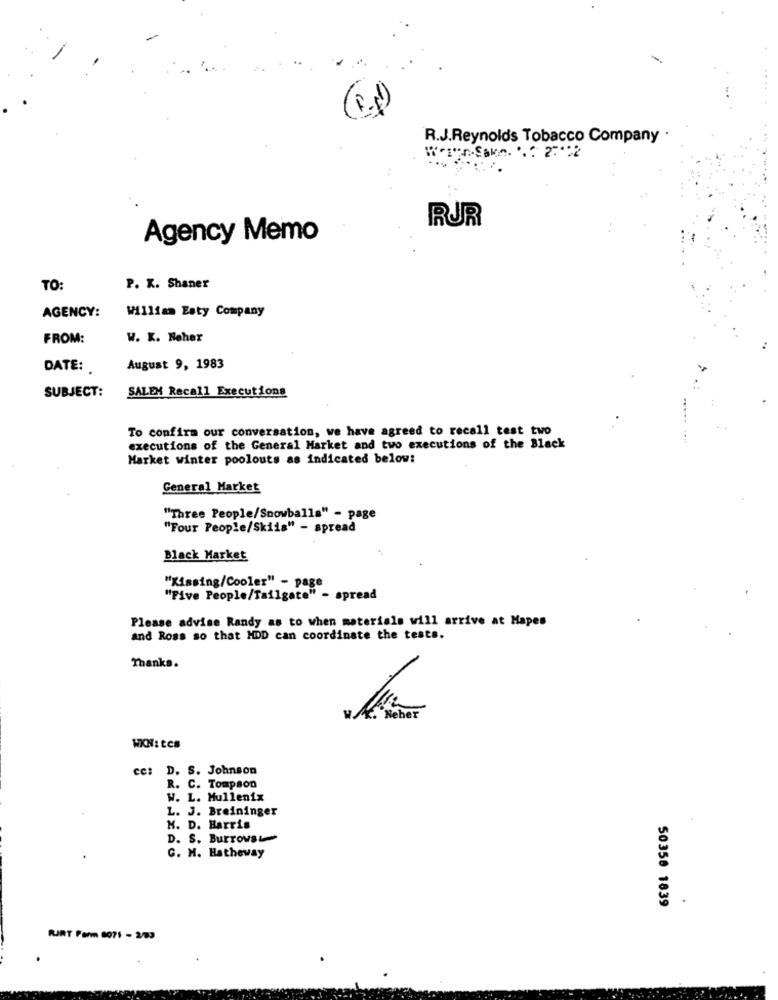
R.J.Reynolds Tobacco Company
"-Sakn. ... 2 :** 2
RUR
Agency Memo
TO
P. K. Shaner
William Esty Company
AGENCY:
FROM:
W. K. Hoher
DATE:
August 9, 1983
SALEM Recall Executions
SUBJECT:
To confirm our conversation, we have agreed to recall test two
executions of the General Market and two executions of the Black
Market winter poolouts as indicated below:
General Market
"Three People/Snowballs" - page
"Four People/Skiis" - spread
Black Market
"Kissing/Cooler" - page
"Five People/Tailgate" - spread
Please advise Randy as to when materials will arrive at Hapes
and Ross so that MDD can coordinate the tests.
Thanks.
. Neher
WKN: LCS
cc: D. S. Johnson
R. C. Tompson
W. L. Mullenix
L. J. Breininger
H. D. Barris
D. S. Burrows
G. M. Hatheway
50358 1839
.
RJRT Farm 8071 - 2/83